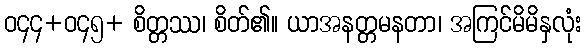
ဝ၄၄+ဝ၄၅+ စိတ္တဿ၊ စိတ်၏။ ယာအနတ္တမနတာ၊ အကြင်မိမိနှလုံး